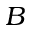
B